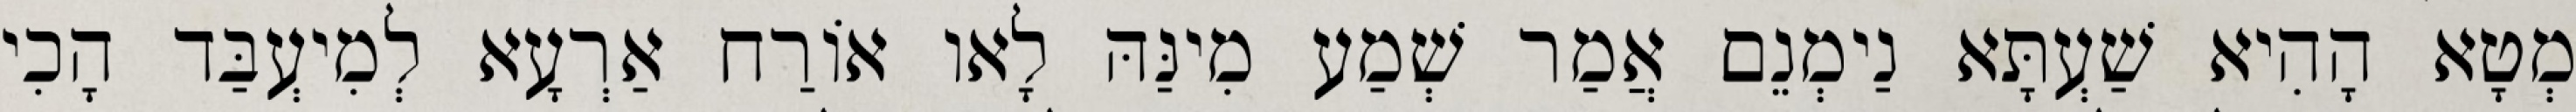
מְטָא הָהִיא שַׁעְתָּא נַימְנֵם אֲמַר שְׁמַע מִינַּהּ לָאו אוֹרַח אַרְעָא לְמִיעְבַּד הָכִי